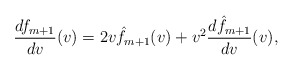
\begin{align*} \frac{df_{m+1}}{dv}(v)=2v\hat{f}_{m+1}(v)+v^2\frac{d\hat{f}_{m+1}}{dv}(v),\end{align*}